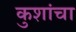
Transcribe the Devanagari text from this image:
कुशांचा